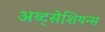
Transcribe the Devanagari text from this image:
अब्ट्सेशियन्स